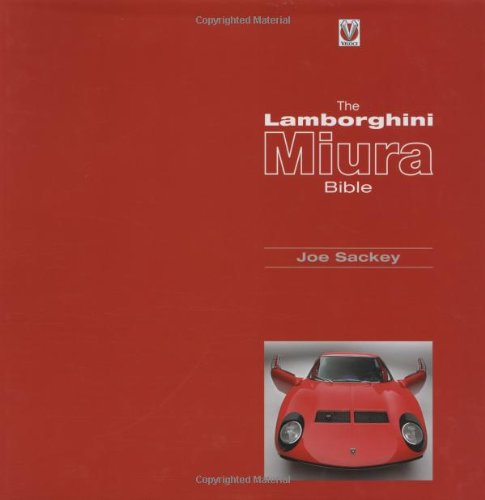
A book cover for The Lamborghini Miura Bible; Joe Sackey; Engineering & Transportation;